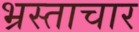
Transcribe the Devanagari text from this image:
भ्रस्ताचार